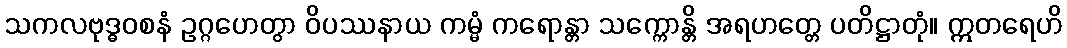
သကလဗုဒ္ဓဝစနံ ဥဂ္ဂဟေတွာ ဝိပဿနာယ ကမ္မံ ကရောန္တာ သက္ကောန္တိ အရဟတ္တေ ပတိဋ္ဌာတုံ။ ဣတရေဟိ